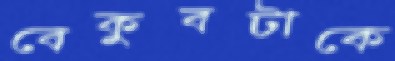
বেকুবটাকে